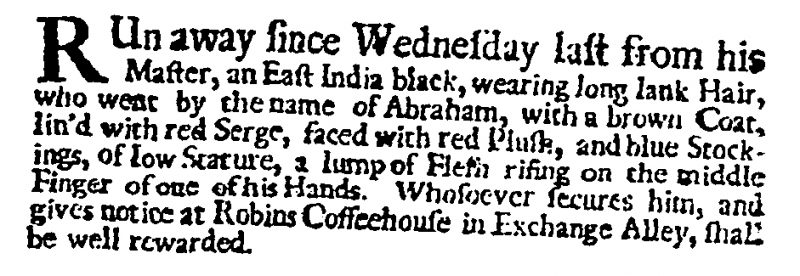
Post Man and the Historical Account, 30 January 1703 (England)
RUn away since Wednesday last from his Master, an East India black, wearing long lank Hair, who went by the name of Abraham, with a brown Coat, lin’d with red Serge, faced with red Plush, and blue Stockings, of low Stature, a lump of Flesh rising on the middle Finger of one his Hands. Whosoever secures him, and gives notice at Robins Coffeehouse in Exchange Alley, shall be well rewarded.